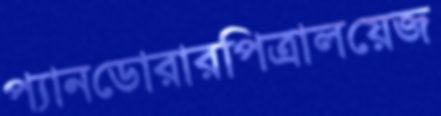
প্যানডোরারপিত্রালয়েজ